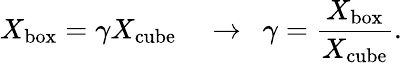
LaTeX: X_{\mathrm{box}}=\gamma X_{\mathrm{cube}}\enspace\enspace\rightarrow\enspace\gamma=\frac{X_{\mathrm{box}}}{X_{\mathrm{cube}}}.